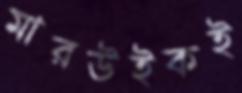
মারউইকই